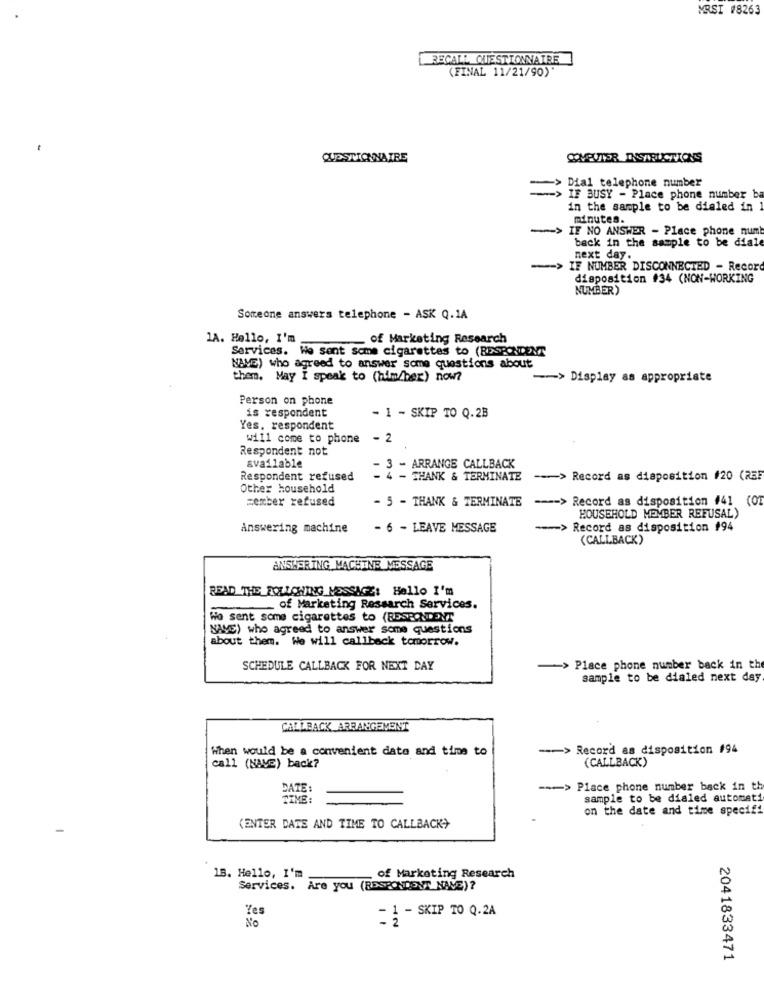
MRSI #8263
RECALL QUESTIONNAIRE
(FINAL 11/21/90)
QUESTIONNAIRE
COMPUTER INSTRUCTIONS
-> Dial telephone number
IF BUSY - Place phone number b
in the sample to be dialed in
minutes.
-> IF NO ANSWER - Place phone num
back in the sample to be dial
next day.
-> IF NUMBER DISCONNECTED - Recor
disposition #34 (NON-WORKING
NUMBER)
Someone answers telephone - ASK Q.1A
1A. Hello, I'm
of Marketing Research
Services. We sent some cigarettes to (RESPONDENT
NAME) who agreed to answer some questions about
them. May I speak to (him/ber) now?
> Display as appropriate
Person on phone
is respondent
- 1 - SKIP TO Q.2B
Yes. respondent
will come to phone - 2
Respondent not
available
- 3 - ARRANGE CALLBACK
Respondent refused
THANK & TERMINATE
-- > Record as disposition #20 (25F
Other household
=ember refused
- 5 - THANK & TERMINATE
=== > Record as disposition #41 (01
HOUSEHOLD MEMBER REFUSAL)
Answering machine
- 6 - LEAVE MESSAGE
=== > Record as disposition #94
(CALLBACK)
ANSWERING MACHINE MESSAGE
READ THE FOLLCHING MESSAGE: Hello I'm
of Marketing Research Services.
Wo sent some cigarettes to (RESPONDENT
NAVE) who agreed to answer some questions
about them. We will callback tomorrow.
SCHEDULE CALLBACK FOR NEXT DAY
> Place phone number back in the
sample to be dialed next day
CALLBACK ARRANGEMENT
When would be a convenient date and time to
--- > Record as disposition #94
(CALLBACK)
call (NAVE) back?
-- > Place phone number back in th
DATE:
sample to be dialed automati
on the date and time specifi
(ENTER DATE AND TIME TO CALLBACK>
18. Hello, I'm
of Marketing Research
Services. Are you (RESPONDENT NAVE) ?
- 1 - SKIP TO Q.2A
No
Zes
2041833471